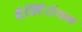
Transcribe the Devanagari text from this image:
बैक्टिरीयल